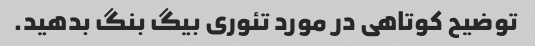
توضیح کوتاهی در مورد تئوری بیگ بنگ بدهید.